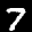
Label: 7